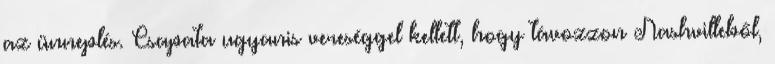
az ünneplés. Csapata ugyanis vereséggel kellett, hogy távozzon Nashvilleből,